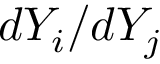
d Y _ { i } / d Y _ { j }